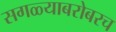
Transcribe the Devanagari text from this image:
सगळ्याबरोबरच